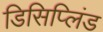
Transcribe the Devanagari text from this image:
डिसिप्लिंड